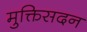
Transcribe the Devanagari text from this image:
मुक्तिसदन